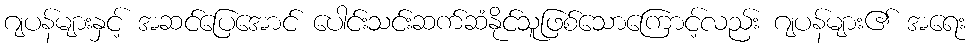
ဂျပန်များနှင့် အဆင်ပြေအောင် ပေါင်းသင်းဆက်ဆံနိုင်သူဖြစ်သောကြောင့်လည်း ဂျပန်များ၏ အရေး